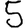
Digit: 5